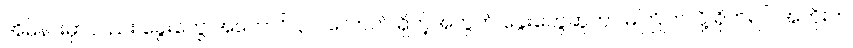
အိမ်နားမှာလည်း ခွေးတွေ အကောင် ၃၀ လောက် ရှိတဲ့အတွက် ခွေးတွေဆူတာ မကြိုက်လို့ ရိုက်ရင် အဘိုးက